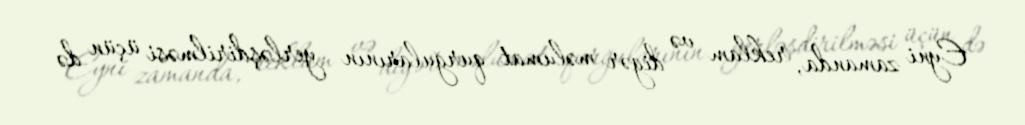
Eyni zamanda, reklam və digər məlumat qurğularının yerləşdirilməsi üçün də